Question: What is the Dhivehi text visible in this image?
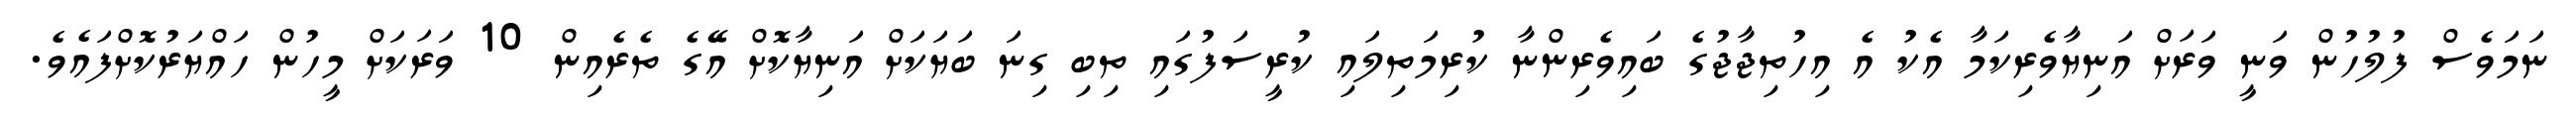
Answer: ނަމަވެސް ފުލުހުން ވަނީ ވަރަށް އަނިޔާވެރިކަމާ އެކު އެ އިހުތިޖާޖުގެ ބައިވެރިންނާ ކުރިމަތިލައި ކުރީސަފުގައި ތިބި ގިނަ ބަޔަކަށް އަނިޔާކޮށް އޭގެ ތެރެއިން 10 ވަރަކަށް މީހުން ހައްޔަރުކޮށްފައެވެ.